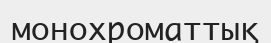
монохроматтық